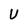
Character: U